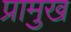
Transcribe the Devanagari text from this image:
प्रामुख